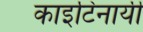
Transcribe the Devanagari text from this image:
काइटिनायी